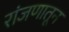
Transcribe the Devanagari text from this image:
रांजणातून